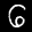
Label: 6